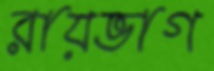
রায়ভাগ